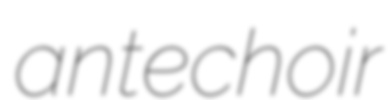
antechoir